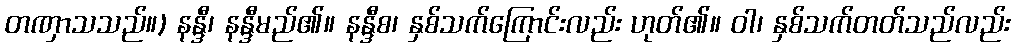
တဏှာသသည်။) နန္ဒီ၊ နန္ဒီမည်၏။ နန္ဒီစ၊ နှစ်သက်ကြောင်းလည်း ဟုတ်၏။ ဝါ၊ နှစ်သက်တတ်သည်လည်း